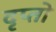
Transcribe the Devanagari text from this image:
दृप्तो